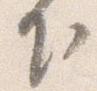
下